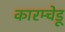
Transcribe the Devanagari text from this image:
कारम्चेडू